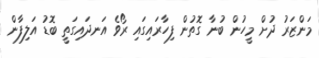
މަންޒަރު ދުށް މީހުން ބުނާ ގޮތުން ފިހާރައިގައި ރޯވެ އަނދައިގަތީ ބޮޑު އަލިފާން